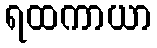
ရထကာယာ